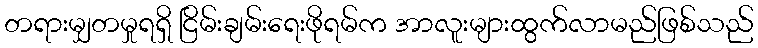
တရားမျှတမှုရရှိ ငြိမ်းချမ်းရေးဖိုရမ်က အာလူးများထွက်လာမည်ဖြစ်သည်